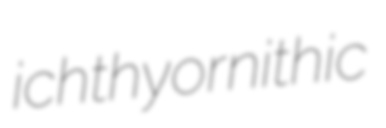
ichthyornithic